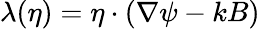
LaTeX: \lambda(\eta)=\eta\cdot(\nabla\psi-kB)